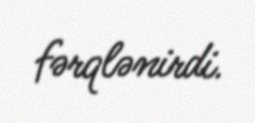
fərqlənirdi.